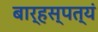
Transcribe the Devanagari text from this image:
बार्हस्पत्यं